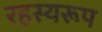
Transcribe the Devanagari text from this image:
रहस्यरूप